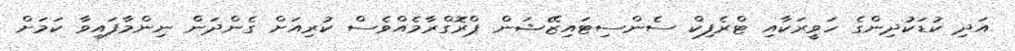
އަދި ކުޑަކުދިންގެ ހަވީރަކާއި ޓްރެފިކް ސެންސިޓައިޒޭޝަން ޕްރޮގްރާމެއްވެސް ކުރިއަށް ގެންދަން ނިންމާފައިވާ ކަމަށް